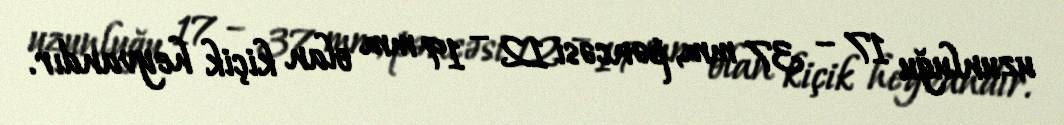
uzunluğu 17 – 37 mm, pəncəsi 12 – 19 mm olan kiçik heyvandır.